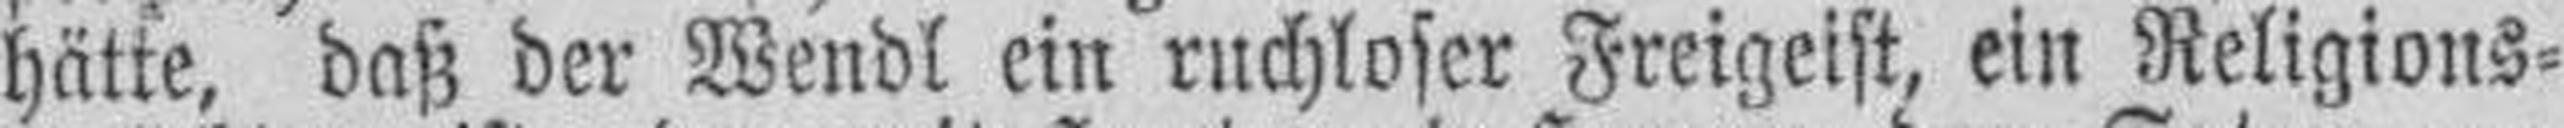
hätte, daß der Wendl ein ruchloser Freigeist, ein Religions¬